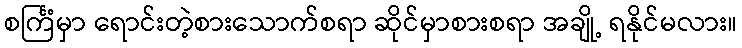
စင်္ကြံမှာ ရောင်းတဲ့စားသောက်စရာ ဆိုင်မှာစားစရာ အချို့ ရနိုင်မလား။